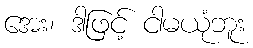
အေး၊ ဒါဖြင့် ငါမယုံဘူး